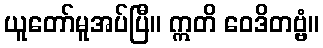
ယူတော်မူအပ်ပြီ။ ဣတိ ဝေဒိတဗ္ဗံ။